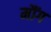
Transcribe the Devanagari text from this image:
मौंग